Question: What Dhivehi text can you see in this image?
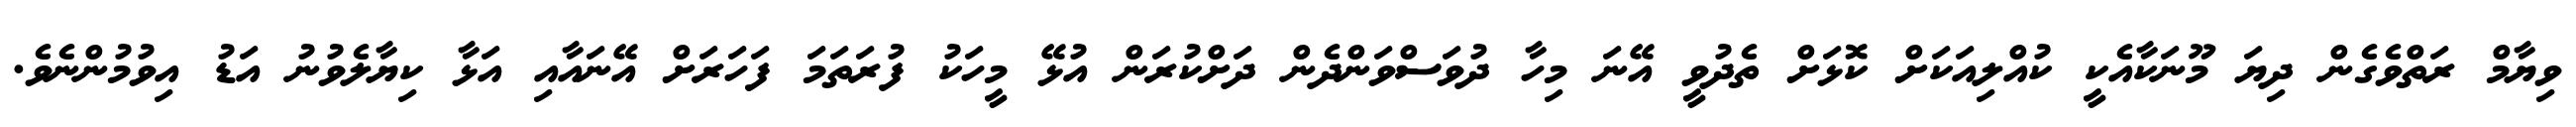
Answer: ވިޔާމް ރަތްވެގެން ދިޔަ މޫނަކާއެކީ ކުއްލިއަކަށް ކޮޅަށް ތެދުވީ އޭނަ މިހާ ދުވަސްވަންދެން ދަށްކުރަން އުޅޭ މީހަކު ފުރަތަމަ ފަހަރަށް އޭނައާއި އަޅާ ކިޔާލެވުނު އަޑު އިވުމުންނެވެ.